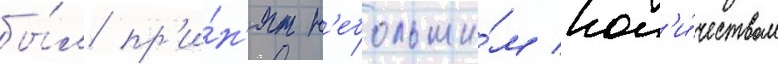
бы́л пр'и́н'ят н'ебольши́м кол'и́чеством